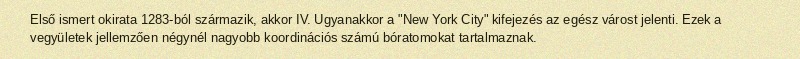
Első ismert okirata 1283-ból származik, akkor IV. Ugyanakkor a "New York City" kifejezés az egész várost jelenti. Ezek a vegyületek jellemzően négynél nagyobb koordinációs számú bóratomokat tartalmaznak.